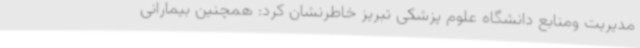
مدیریت ومنابع دانشگاه علوم پزشکی تبریز خاطرنشان کرد: همچنین بیمارانی